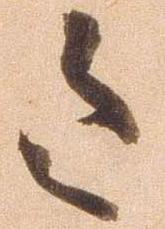
令